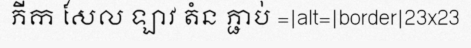
ភីក សែល ឡាវ តំន ភ្ជាប់ =|alt=|border|23x23